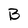
Character: B